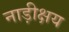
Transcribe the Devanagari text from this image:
नाड़ीक्षय